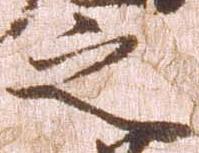
之